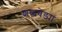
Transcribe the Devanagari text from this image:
शब्दवेड्या